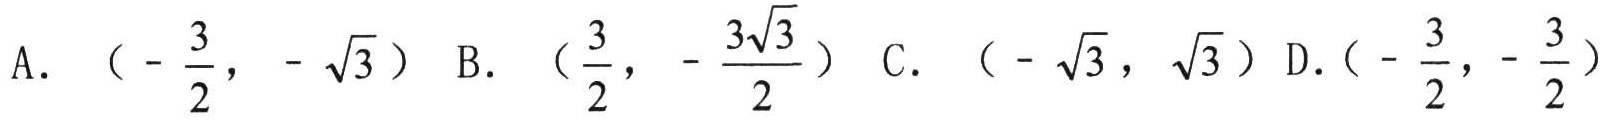
A. \((-\frac{3}{2}, -\sqrt{3})\) B. \((\frac{3}{2}, -\frac{3\sqrt{3}}{2})\) C. \((-\sqrt{3}, \sqrt{3})\) D. \((-\frac{3}{2}, -\frac{3}{2})\)